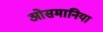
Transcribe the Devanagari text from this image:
ओसमानिया